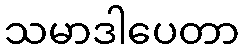
သမာဒါပေတာ